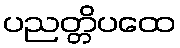
ပညတ္တိပထေ